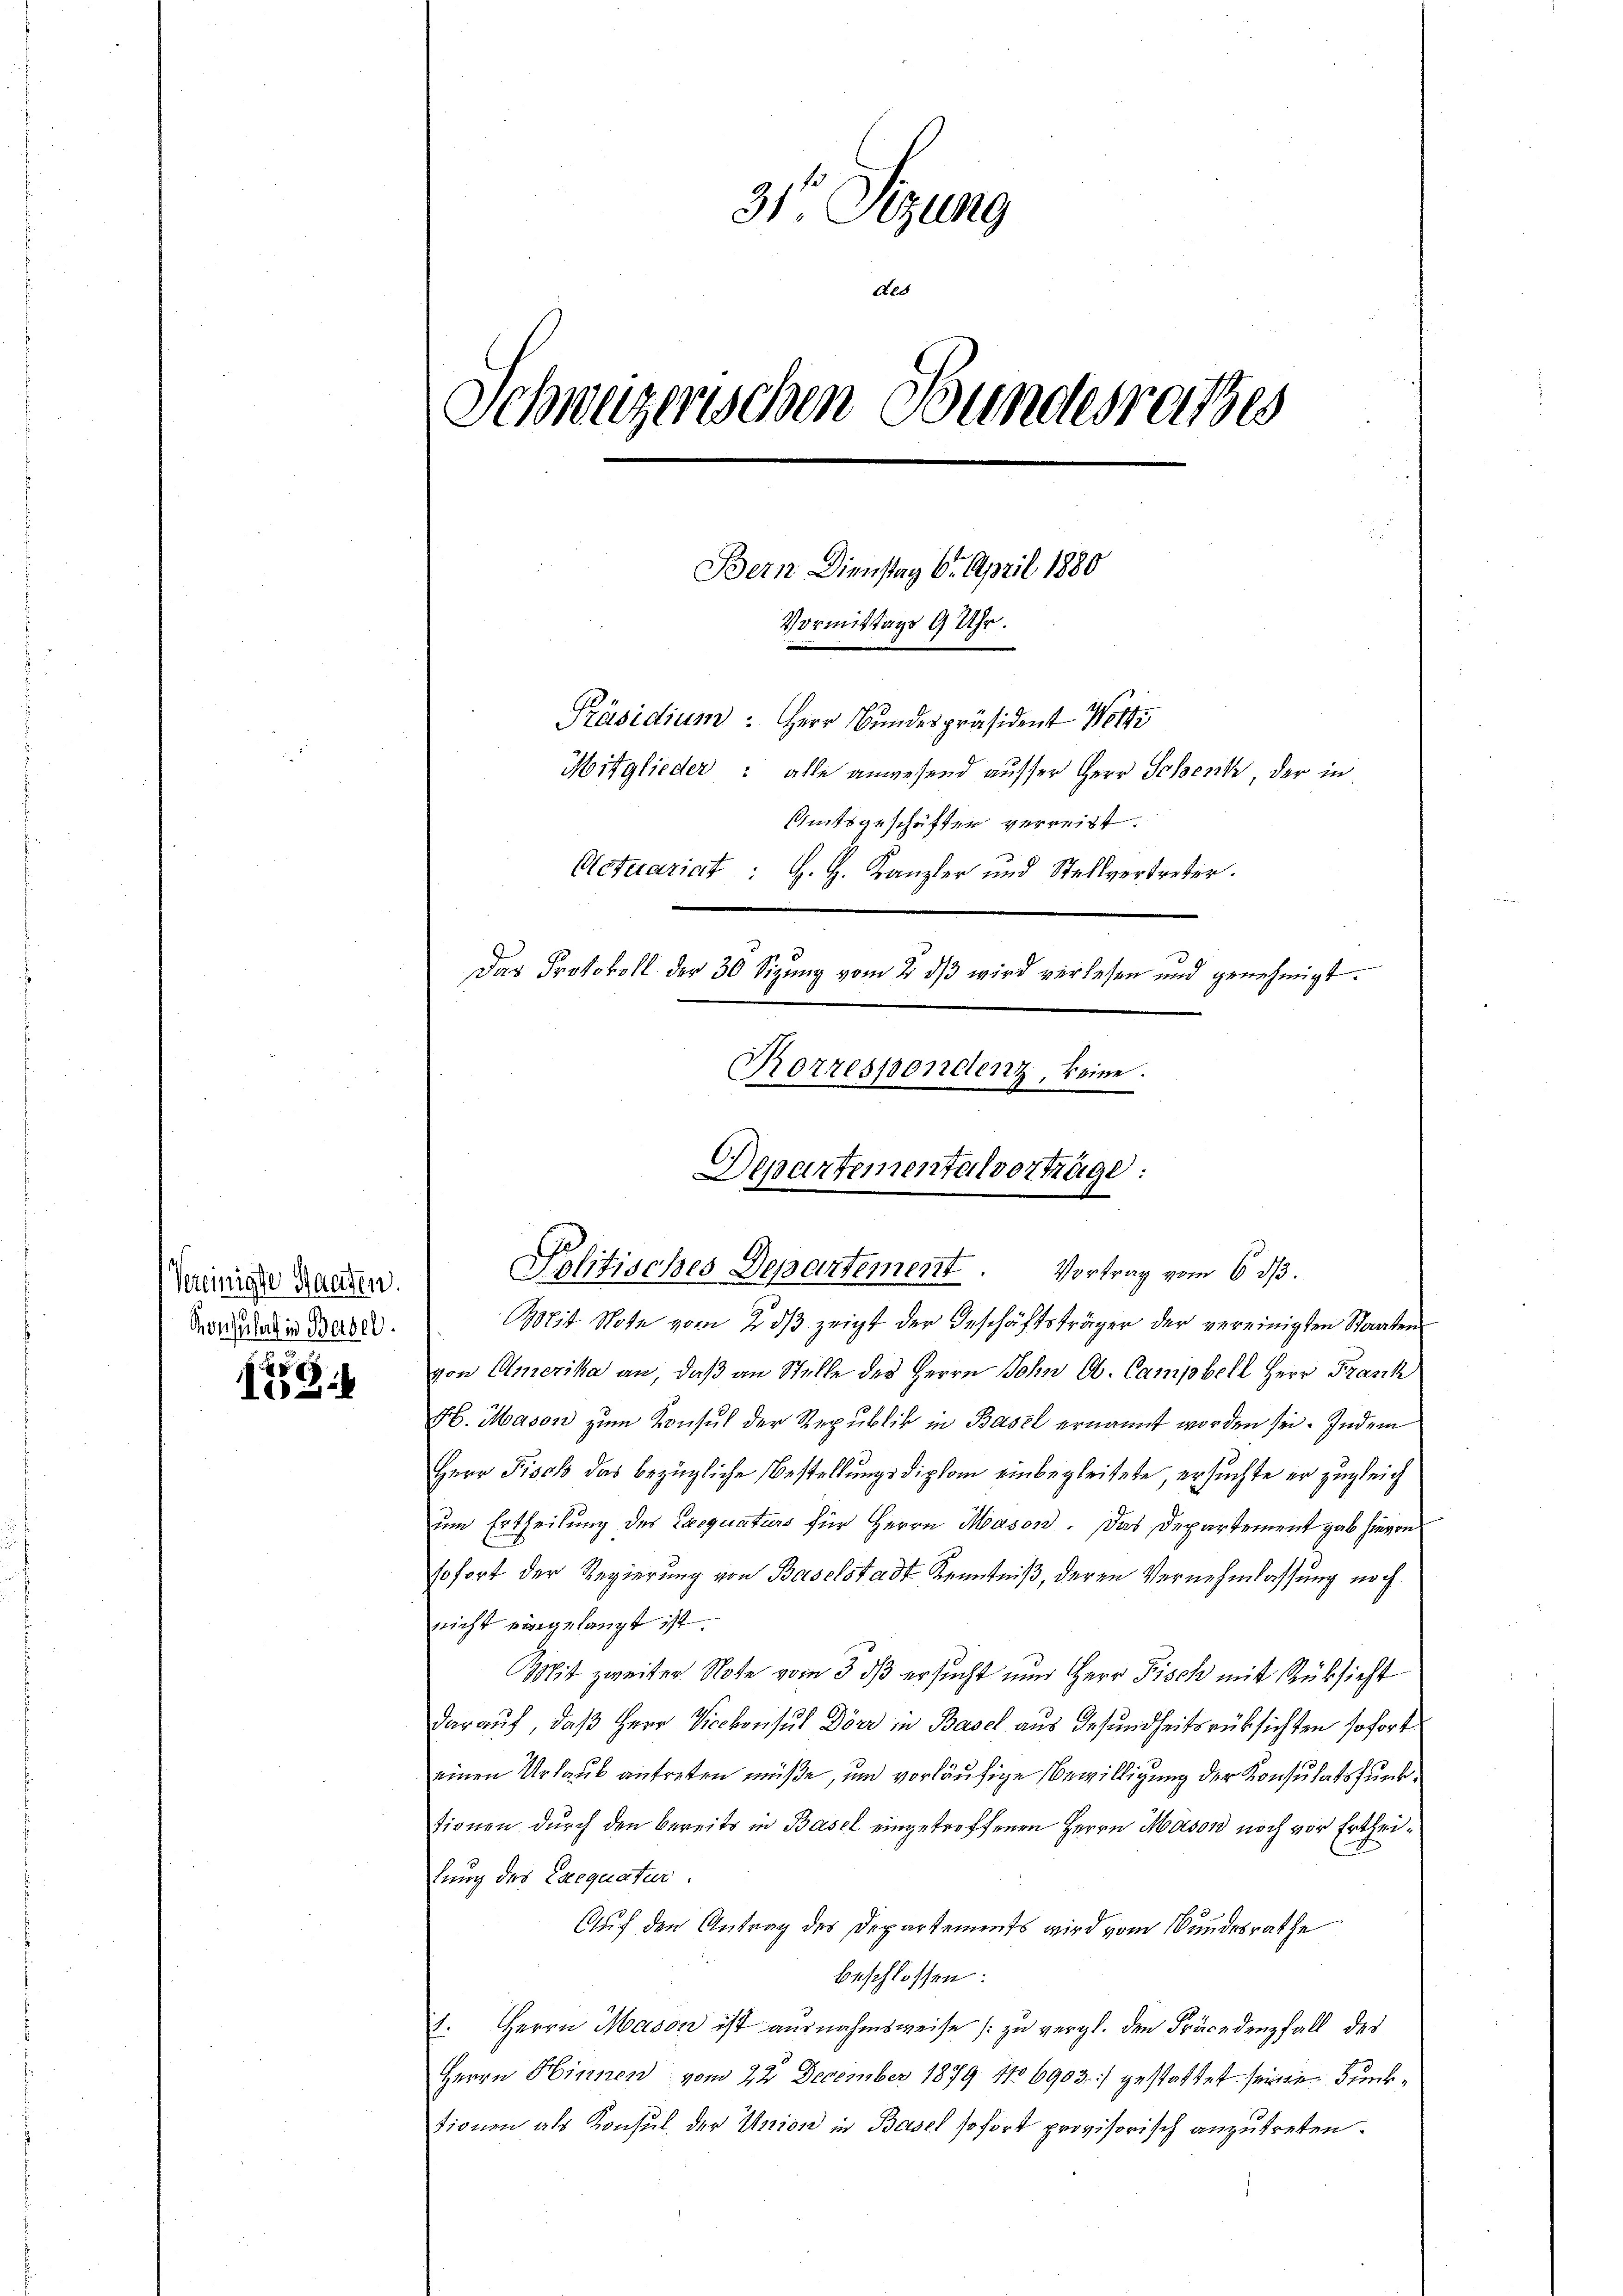
Vereinigte Handen.
Konsulat in Basel.
g

1o Di

31 Sizung
u
Schweizerischen Bundesrathes

Bern Dienstag 6. April 1880
Vormittags 9 Uhr.
Amtsgeschäften verreicht.
Actuariat : H. H. Kanzler und Stellvertreter.
Das Protokoll der 30 Sizung vom 2. ds wird verlesen und genehmigt.
Rorrespondenz, keine.

Präsidium: Herr Bundespräsident Wert
Moitglieder: alle anwesend ausser Herr Schenk, der in

Departementalverträge:
Politisches Departement. Vortrag vom 6. ds.

Mit Note vom 2. dβ zeigt der Geschäftsträger der vereinigten Staaten
von Amerika an, daß an Stelle des Herrn John Ob. Campbell Herr Frank
H. Mason zum Konsul der Republik in Basel ernannt worden sei. Indem
Herr Fisch das bezügliche Bestellungsdiplom einbegleitete, ersuchte er zugleich
um Ertheilung des Exequaturs für Herrn Mason. Das Departement gab hievon
sofort der Regierung von Baselstadt Kenntniß, deren Vernehmlassung noch
nicht eingelangt ist.
Mit zweiter Note vom 3 dß ersucht nun Herr Fisch mit Rücksicht
darauf, daß Herr Vicekonsul Dörr in Basel aus Gesundheitsrücksichten sofort
einen Urlaub antreten müße, um vorläufige Bewilligung der Konsulatsfunktionen durch den bereits in Basel eingetroffenen Herrn Mason noch vor Ertheifung des Exequatur.
Auf den Antrag des Departements wird vom Bundesrathe
beschlossen:
. Herrn Mason ist ausnahmsweise zu vergl. den Präcedenfall des
Herrn Hinnen vom 22. December 1879 No 6903) gestattet seine Funktionen als Konsul der Union in Basel sofort provisorisch anzutreten.